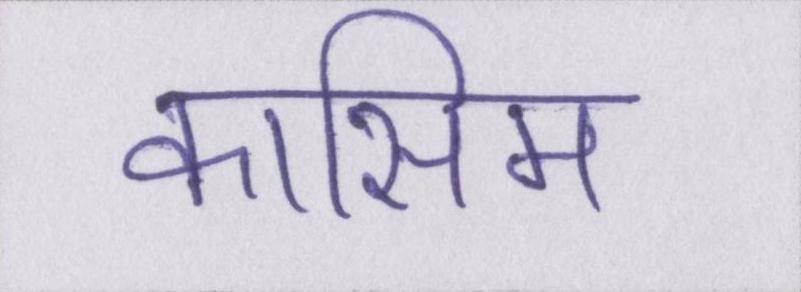
कासिम